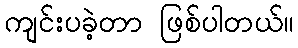
ကျင်းပခဲ့တာ ဖြစ်ပါတယ်။